Annual report on the Civil Veterinary Department, Burma (including the Insein Veterinary School) - 1910-1922
Year: 1910
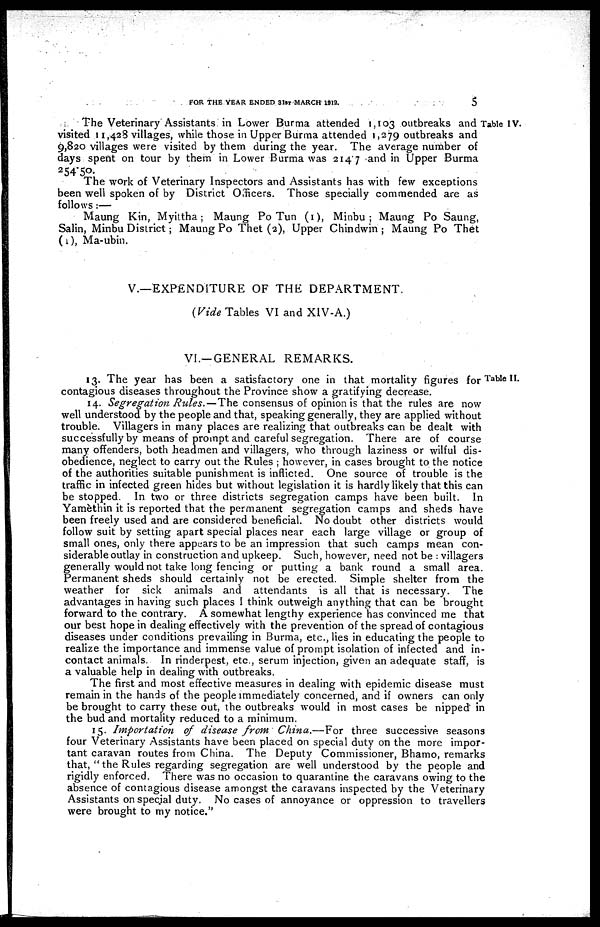
FOR THE YEAR ENDED 31st MARCH 1912.
5
Table IV.
The Veterinary Assistants in Lower Burma attended 1,103 outbreaks and
visited 11,428 villages, while those in Upper Burma attended 1,279 outbreaks and
9,820 villages were visited by them during the year. The average number of
days spent on tour by them in Lower Burma was 214.7 and in Upper Burma
254.50.
The work of Veterinary Inspectors and Assistants has with few exceptions
been well spoken of by District Officers. Those specially commended are as
follows:—
Maung Kin, Myittha; Maung Po Tun (1), Minbu; Maung Po Saung,
Salin, Minbu District; Maung Po Thet (2), Upper Chindwin ; Maung Po Thet
(1), Ma-ubin.
V.—EXPENDITURE OF THE DEPARTMENT.
(Vide Tables VI and XIV-A.)
VI.—GENERAL REMARKS.
Table II.
13. The year has been a satisfactory one in that mortality figures for
contagious diseases throughout the Province show a gratifying decrease.
14. Segregation Rules.—The consensus of opinion is that the rules are now
well understood by the people and that, speaking generally, they are applied without
trouble. Villagers in many places are realizing that outbreaks can be dealt with
successfully by means of prompt and careful segregation. There are of course
many offenders, both headmen and villagers, who through laziness or wilful dis-
obedience, neglect to carry out the Rules ; however, in cases brought to the notice
of the authorities suitable punishment is inflicted. One source of trouble is the
traffic in infected green hides but without legislation it is hardly likely that this can
be stopped. In two or three districts segregation camps have been built. In
Yamèthin it is reported that the permanent segregation camps and sheds have
been freely used and are considered beneficial. No doubt other districts would
follow suit by setting apart special places near each large village or group of
small ones, only there appears to be an impression that such camps mean con-
siderable outlay in construction and upkeep. Such, however, need not be : villagers
generally would not take long fencing or putting a bank round a small area.
Permanent sheds should certainly not be erected. Simple shelter from the
weather for sick animals and attendants is all that is necessary. The
advantages in having such places I think outweigh anything that can be brought
forward to the contrary. A somewhat lengthy experience has convinced me that
our best hope in dealing effectively with the prevention of the spread of contagious
diseases under conditions prevailing in Burma, etc., lies in educating the people to
realize the importance and immense value of prompt isolation of infected and in-
contact animals. In rinderpest, etc., serum injection, given an adequate staff, is
a valuable help in dealing with outbreaks.
The first and most effective measures in dealing with epidemic disease must
remain in the hands of the people immediately concerned, and if owners can only
be brought to carry these out, the outbreaks would in most cases be nipped* in
the bud and mortality reduced to a minimum.
15. Importation
of disease from China.—For
three successive seasons
four Veterinary Assistants have been placed on special duty on the more impor-
tant caravan routes from China. The Deputy Commissioner, Bhamo, remarks
that, " the Rules regarding segregation are well understood by the people and
rigidly enforced. There was no occasion to quarantine the caravans owing to the
absence of contagious disease amongst the caravans inspected by the Veterinary
Assistants on special duty. No cases of annoyance or oppression to travellers
were brought to my notice."